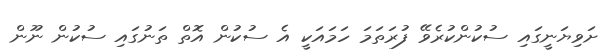
ށަވިޔަނީގައި ސުކުންކުރެވޭ ފުރަތަމަ ހަމައަކީ އެ ސުކުން އޮތް ތަނުގައި ސުކުން ނޫން